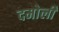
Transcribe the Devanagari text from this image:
दमोली